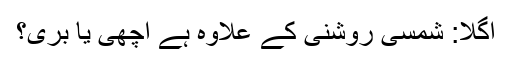
اگلا: شمسی روشنی کے علاوہ ہے اچھی یا بری؟